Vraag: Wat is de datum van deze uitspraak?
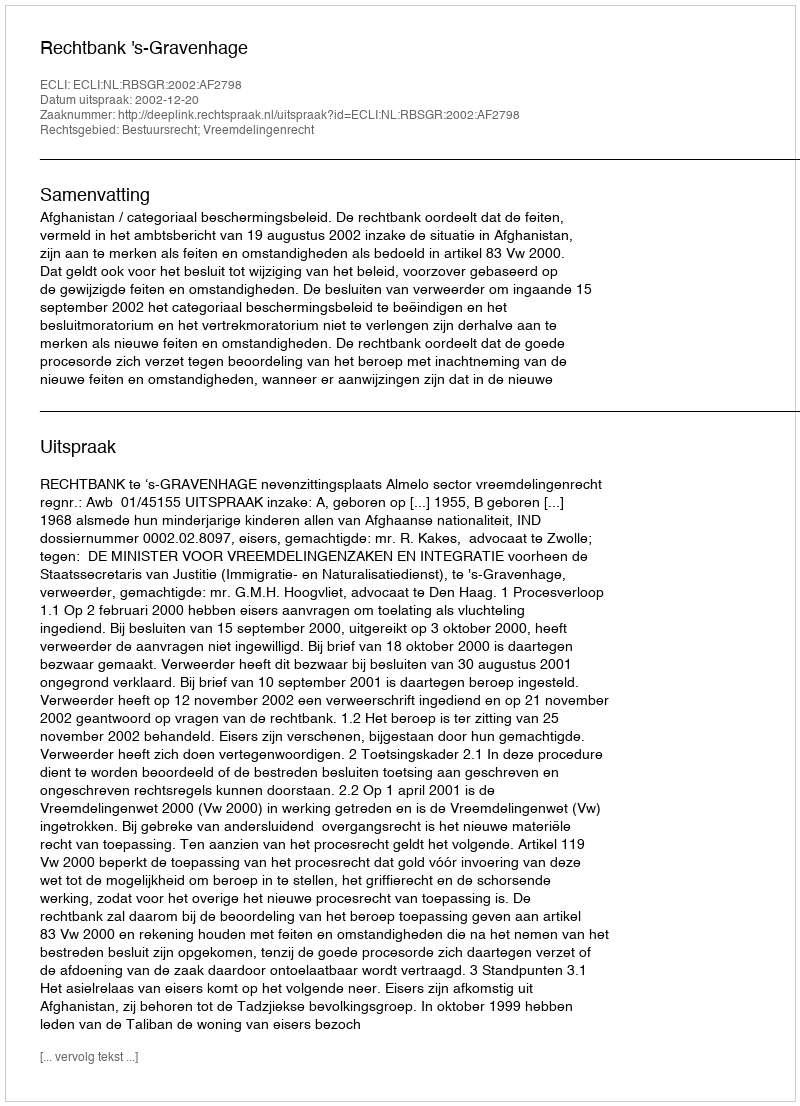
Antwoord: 2002-12-20